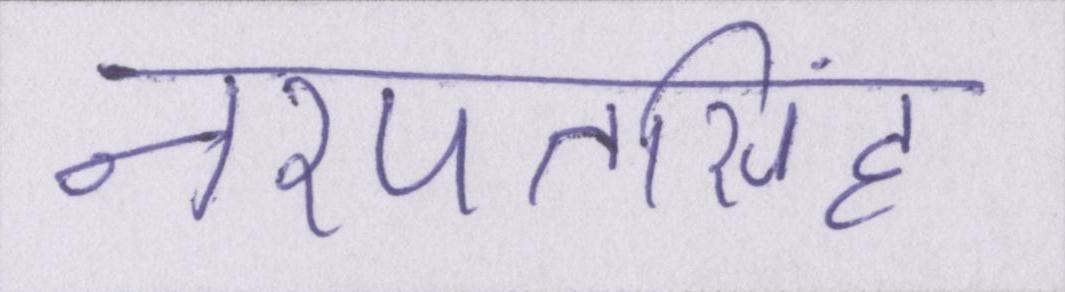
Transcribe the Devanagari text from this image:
नरपतसिंह